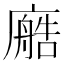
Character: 𫸂